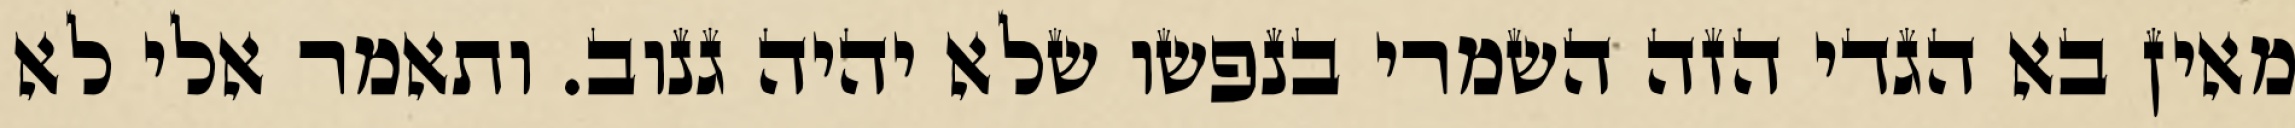
מאין בא הגדי הזה השמרי בנפשו שלא יהיה גנוב. ותאמר אלי לא